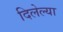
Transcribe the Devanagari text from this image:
दिलेल्‍या